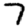
Digit: 7